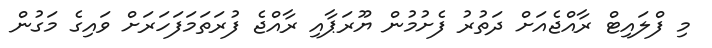
މި ފްލައިޓް ރާއްޖެއަށް ދަތުރު ފެށުމުން ޔޫރަޕާއި ރާއްޖެ ފުރަތަމަފަހަރަށް ވައިގެ މަގުން